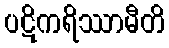
ပဋိကရိဿာမီတိ